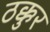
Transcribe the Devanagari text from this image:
ठक्कुर